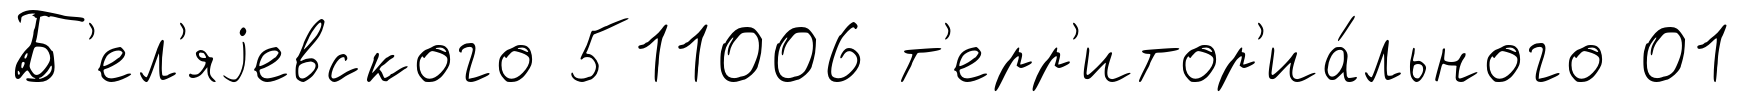
Б'ел'яjевского 511006 т'ерр'итор'иа́льного 01